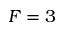
F = 3